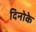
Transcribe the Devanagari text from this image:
दिनोके